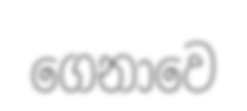
ගෙනාවෙ